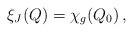
LaTeX: \begin{align*}\xi_J(Q) = \chi_g(Q_0)\,,\end{align*}